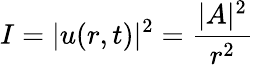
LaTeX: I=|u(r,t)|^{2}={\frac{|A|^{2}}{r^{2}}}